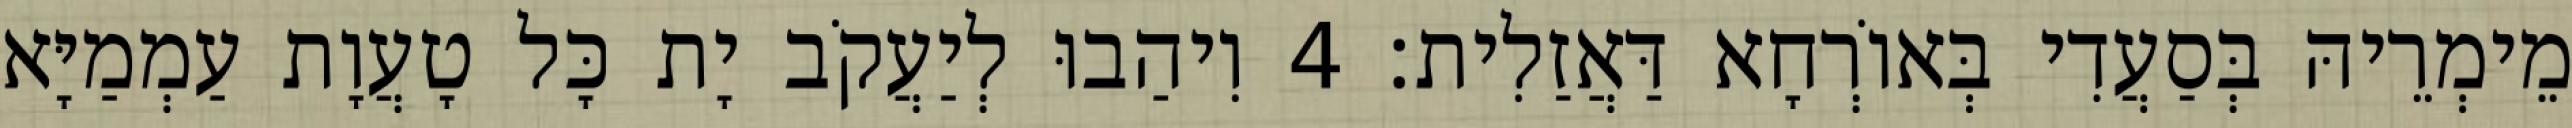
מֵימְרֵיהּ בְּסַעֲדִי בְּאוֹרְחָא דַּאֲזַלִית׃ 4 וִיהַבוּ לְיַעֲקֹב יָת כָּל טָעֲוָת עַמְמַיָּא